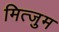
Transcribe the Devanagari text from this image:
मित्जुम